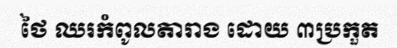
ថៃ ឈរកំពូលតារាង ដោយ ៣ប្រកួត